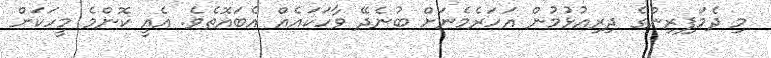
މި ދެމަފިރިންގެ ދިރިއުޅުމުން އަހަރެމެނަށް ބުނެދޭ ވާހަކައެއް އެބައޮތެވެ. އެއީ ކޮންމެ މީހަކަށް